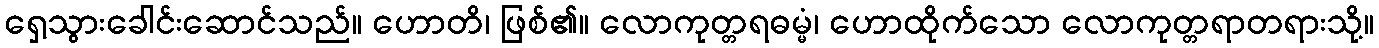
ရှေ့သွားခေါင်းဆောင်သည်။ ဟောတိ၊ ဖြစ်၏။ လောကုတ္တရဓမ္မံ၊ ဟောထိုက်သော လောကုတ္တရာတရားသို့။